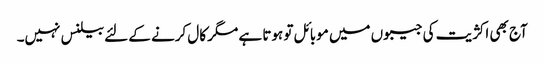
آج بھی اکژیت کی جیبوں میں موبائل تو ہوتا ہے مگر کال کرنے کے لئے بیلنس نہیں۔